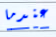
عندما